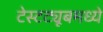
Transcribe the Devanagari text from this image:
टेस्टट्यूबमध्ये